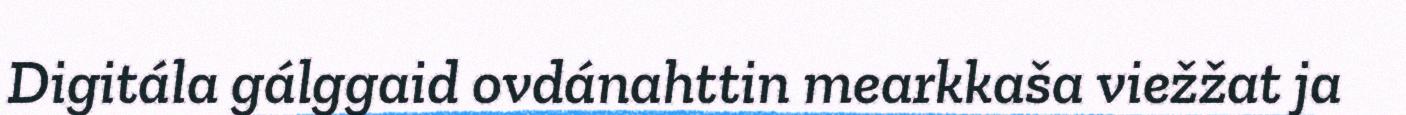
Digitála gálggaid ovdánahttin mearkkaša viežžat ja